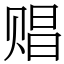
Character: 䞎